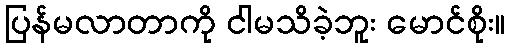
ပြန်မလာတာကို ငါမသိခဲ့ဘူး မောင်စိုး။